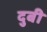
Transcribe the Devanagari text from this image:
दुबी